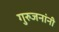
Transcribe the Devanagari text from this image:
गुरुजनांनी